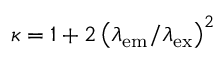
\kappa = 1 + 2 \left( \lambda _ { \mathrm { e m } } / \lambda _ { \mathrm { e x } } \right) ^ { 2 }